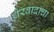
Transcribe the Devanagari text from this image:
थेरवादाचा